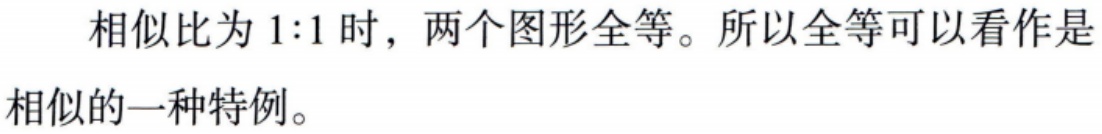
相似比为 \(1:1\) 时，两个图形全等。所以全等可以看作是相似的一种特例。